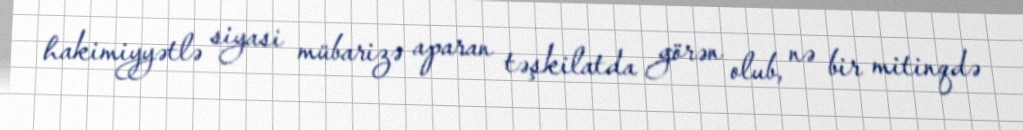
hakimiyyətlə siyasi mübarizə aparan təşkilatda görən olub, nə bir mitinqdə